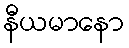
နီယမာနော